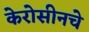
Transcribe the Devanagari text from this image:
केरोसीनचे